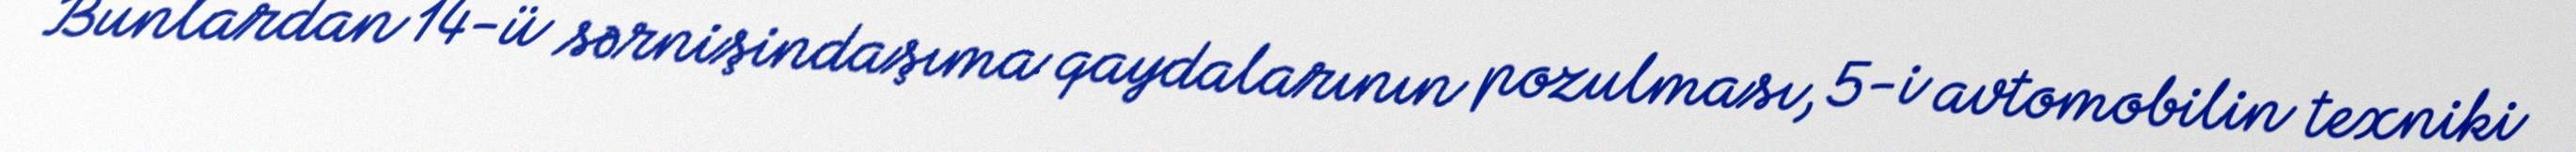
Bunlardan 14-ü sərnişindaşıma qaydalarının pozulması, 5-i avtomobilin texniki